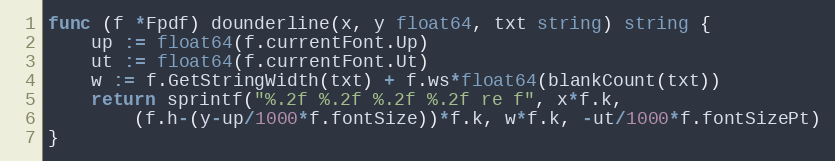
Language: Go
func (f *Fpdf) dounderline(x, y float64, txt string) string {
	up := float64(f.currentFont.Up)
	ut := float64(f.currentFont.Ut)
	w := f.GetStringWidth(txt) + f.ws*float64(blankCount(txt))
	return sprintf("%.2f %.2f %.2f %.2f re f", x*f.k,
		(f.h-(y-up/1000*f.fontSize))*f.k, w*f.k, -ut/1000*f.fontSizePt)
}